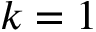
k = 1